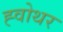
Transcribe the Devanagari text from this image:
ह्वोथर